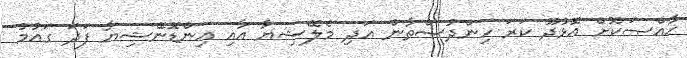
ޚާއްޞަކޮށް އޮޅުދޫ ކަރަ ހިންދުސްތާން އަދި މެލޭޝިޔާ އާއި އިންޑޮނޭޝިޔާ ފަދަ ގައުމު